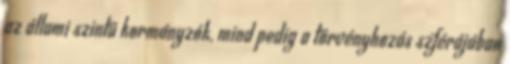
az állami szintű kormányzók, mind pedig a törvényhozás szférájában